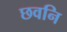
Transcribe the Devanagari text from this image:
छवनि